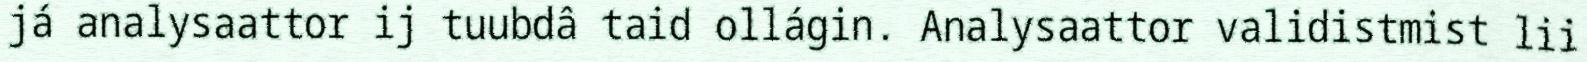
já analysaattor ij tuubdâ taid ollágin. Analysaattor validistmist lii